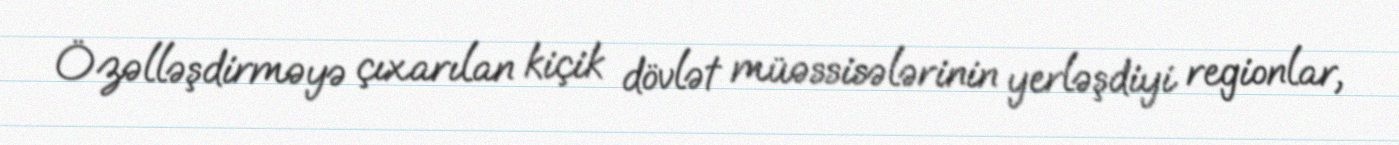
Özəlləşdirməyə çıxarılan kiçik dövlət müəssisələrinin yerləşdiyi regionlar,